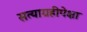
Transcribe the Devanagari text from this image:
सत्याग्रहीपेक्षा